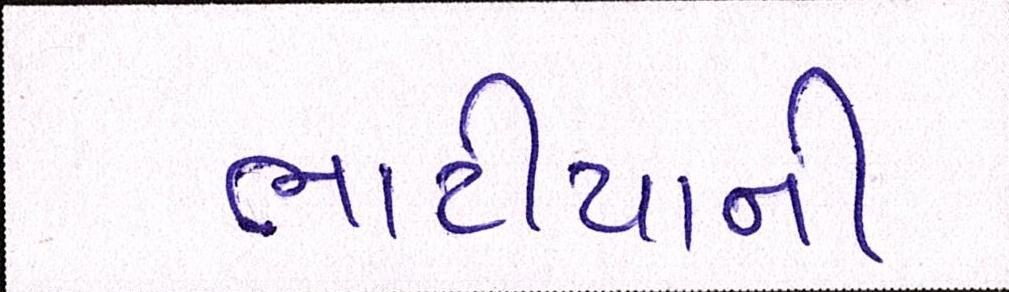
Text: ભાટીયાની